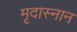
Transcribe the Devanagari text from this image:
मृदास्नान